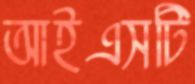
আইএসটি